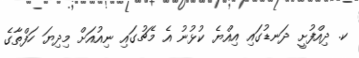
ކ. ދިއްފުށީ ދަނޑުގައި އިއްޔެ ކުޅުނު އެ މެޗުގައި ނިއުއަށް މިދިޔަ ހަފްތާގެ